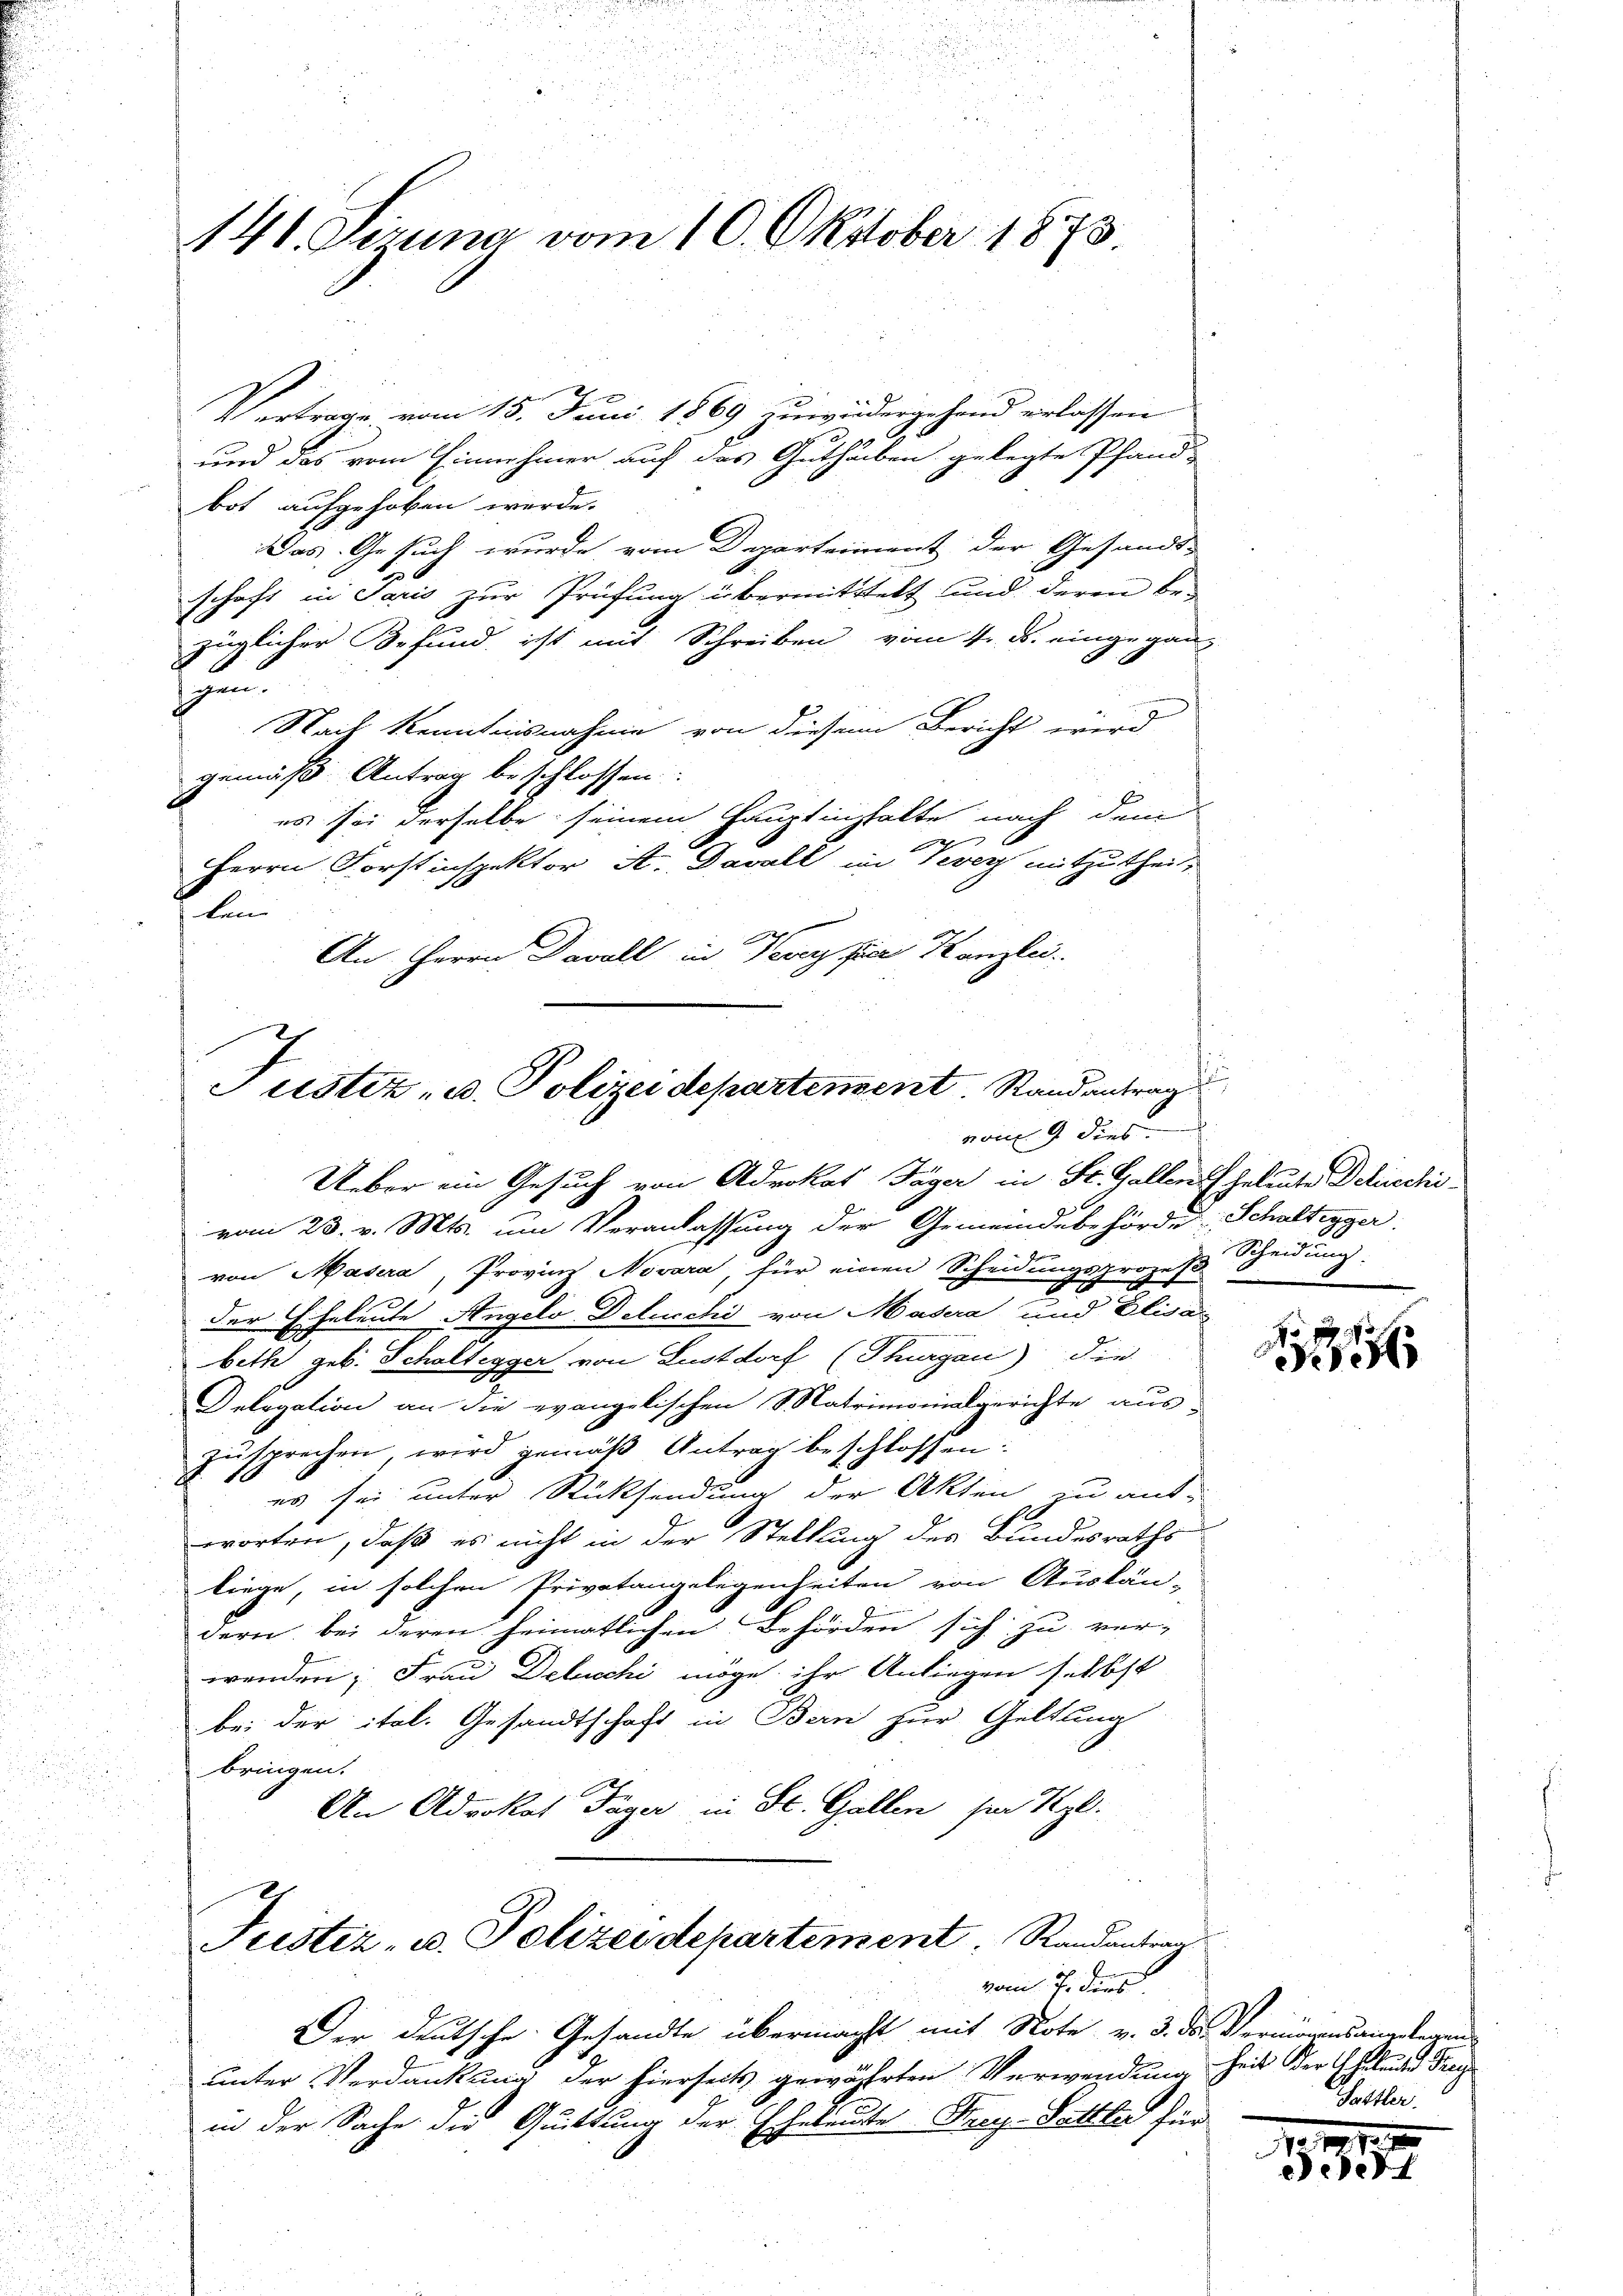
141. Gruna vom 10. Oktober 1873

Vertrage vom 15. Juni 1869 zuwidergehend erlassen
1
und das vom Einnehmer auf das Guthaben gelegte Pfand-
bot aufgehoben werde.
Das Gesuch wurde vom Departeiment der Gesandt-
schaft in Paris zur Prüfung übermittelt und deren be-
züglicher Befund ist mit Schreiben vom 4. d. eingegan-
und
Nach Kenntnisnahme von diesem Bericht wird
gemäß Antrag beschlossen:
es sei derselbe seinem Hauptinstalte nach dem
n
Herrn Forstinspektor A. Davall in Vevey mitzutheilen
An Herrn Davoll in Vevey hier Kanzlei

Justiz- u. Polizeidepartement. Randantrag
vom 9 dies

Ueber ein Gesuch von Advokat Täger in St. Gallen Geleute Delinschivom 28. v. Mts. um Veranlassung der Gemeindebehörde Schaltigger.
von Masera, Provinz Nevara, für einen Scheidungsprozes-
der Eheleute Angelo Deluschi von Masera und Elisa
bethe geb. Scholtegger von Lustdorf (Thurgau) die
Delegation an die evangelischen Matrimonialgerichte aus-
zŭsprechen, wird gemäβ Antrag beschlossen:
es sei unter Rücksendung der Akten zu aus-
worten, daß es nicht in der Stellung des Bundesraths-
liege, in solchen Privatangelegenheiten von Auslän-
dern bei deren heimatlichen Behörden sich zu ver-
wenden; Frau Delucchi möge ihr Anliegen selbst
bei der ital. Gesandtschaft in Bern zur Geltung
bringen.
An Advokat Täger in St. Gallen sm Szl.
Justiz- u. Polizeidepartement. Randantrag
vom 7. durch
Der deutsche Gesandte übermacht mit Note v. 3. das Vermögensangelegen
unter Verdankung der hierseits gewährten Verwendung heit der Ehelend dre
in der Sache die Quittung der Eheleute Frey-Sattler für

s
fun

Scheidung:

S

Sattler.

1 1891. 1
5351